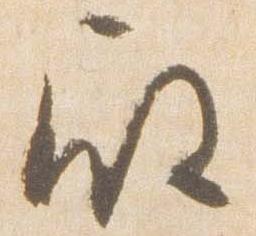
殿